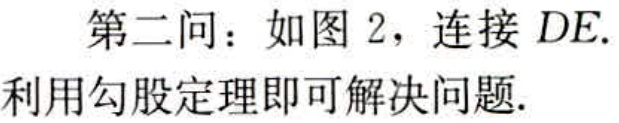
第二问：如图 2，连接 \(DE\).
利用勾股定理即可解决问题.